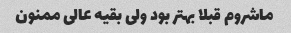
ماشروم قبلا بهتر بود ولی بقیه عالی ممنون